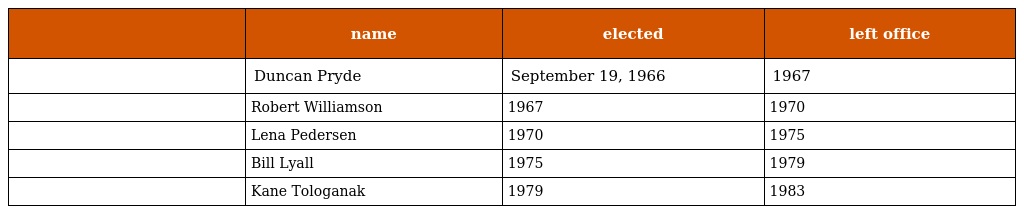
|  | name | elected | left office |
 | --- | --- | --- | --- |
 |  | Duncan Pryde | September 19, 1966 | 1967 |
 |  | Robert Williamson | 1967 | 1970 |
 |  | Lena Pedersen | 1970 | 1975 |
 |  | Bill Lyall | 1975 | 1979 |
 |  | Kane Tologanak | 1979 | 1983 |